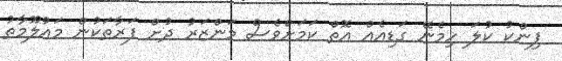
ޕިންކު ކުލަ ހިމެނޭ ގަޑިއެއް އޮތް ކަމަށްވެސް މަންޒަރު ދުށް ފަރާތަކުން މައުލޫމާތު